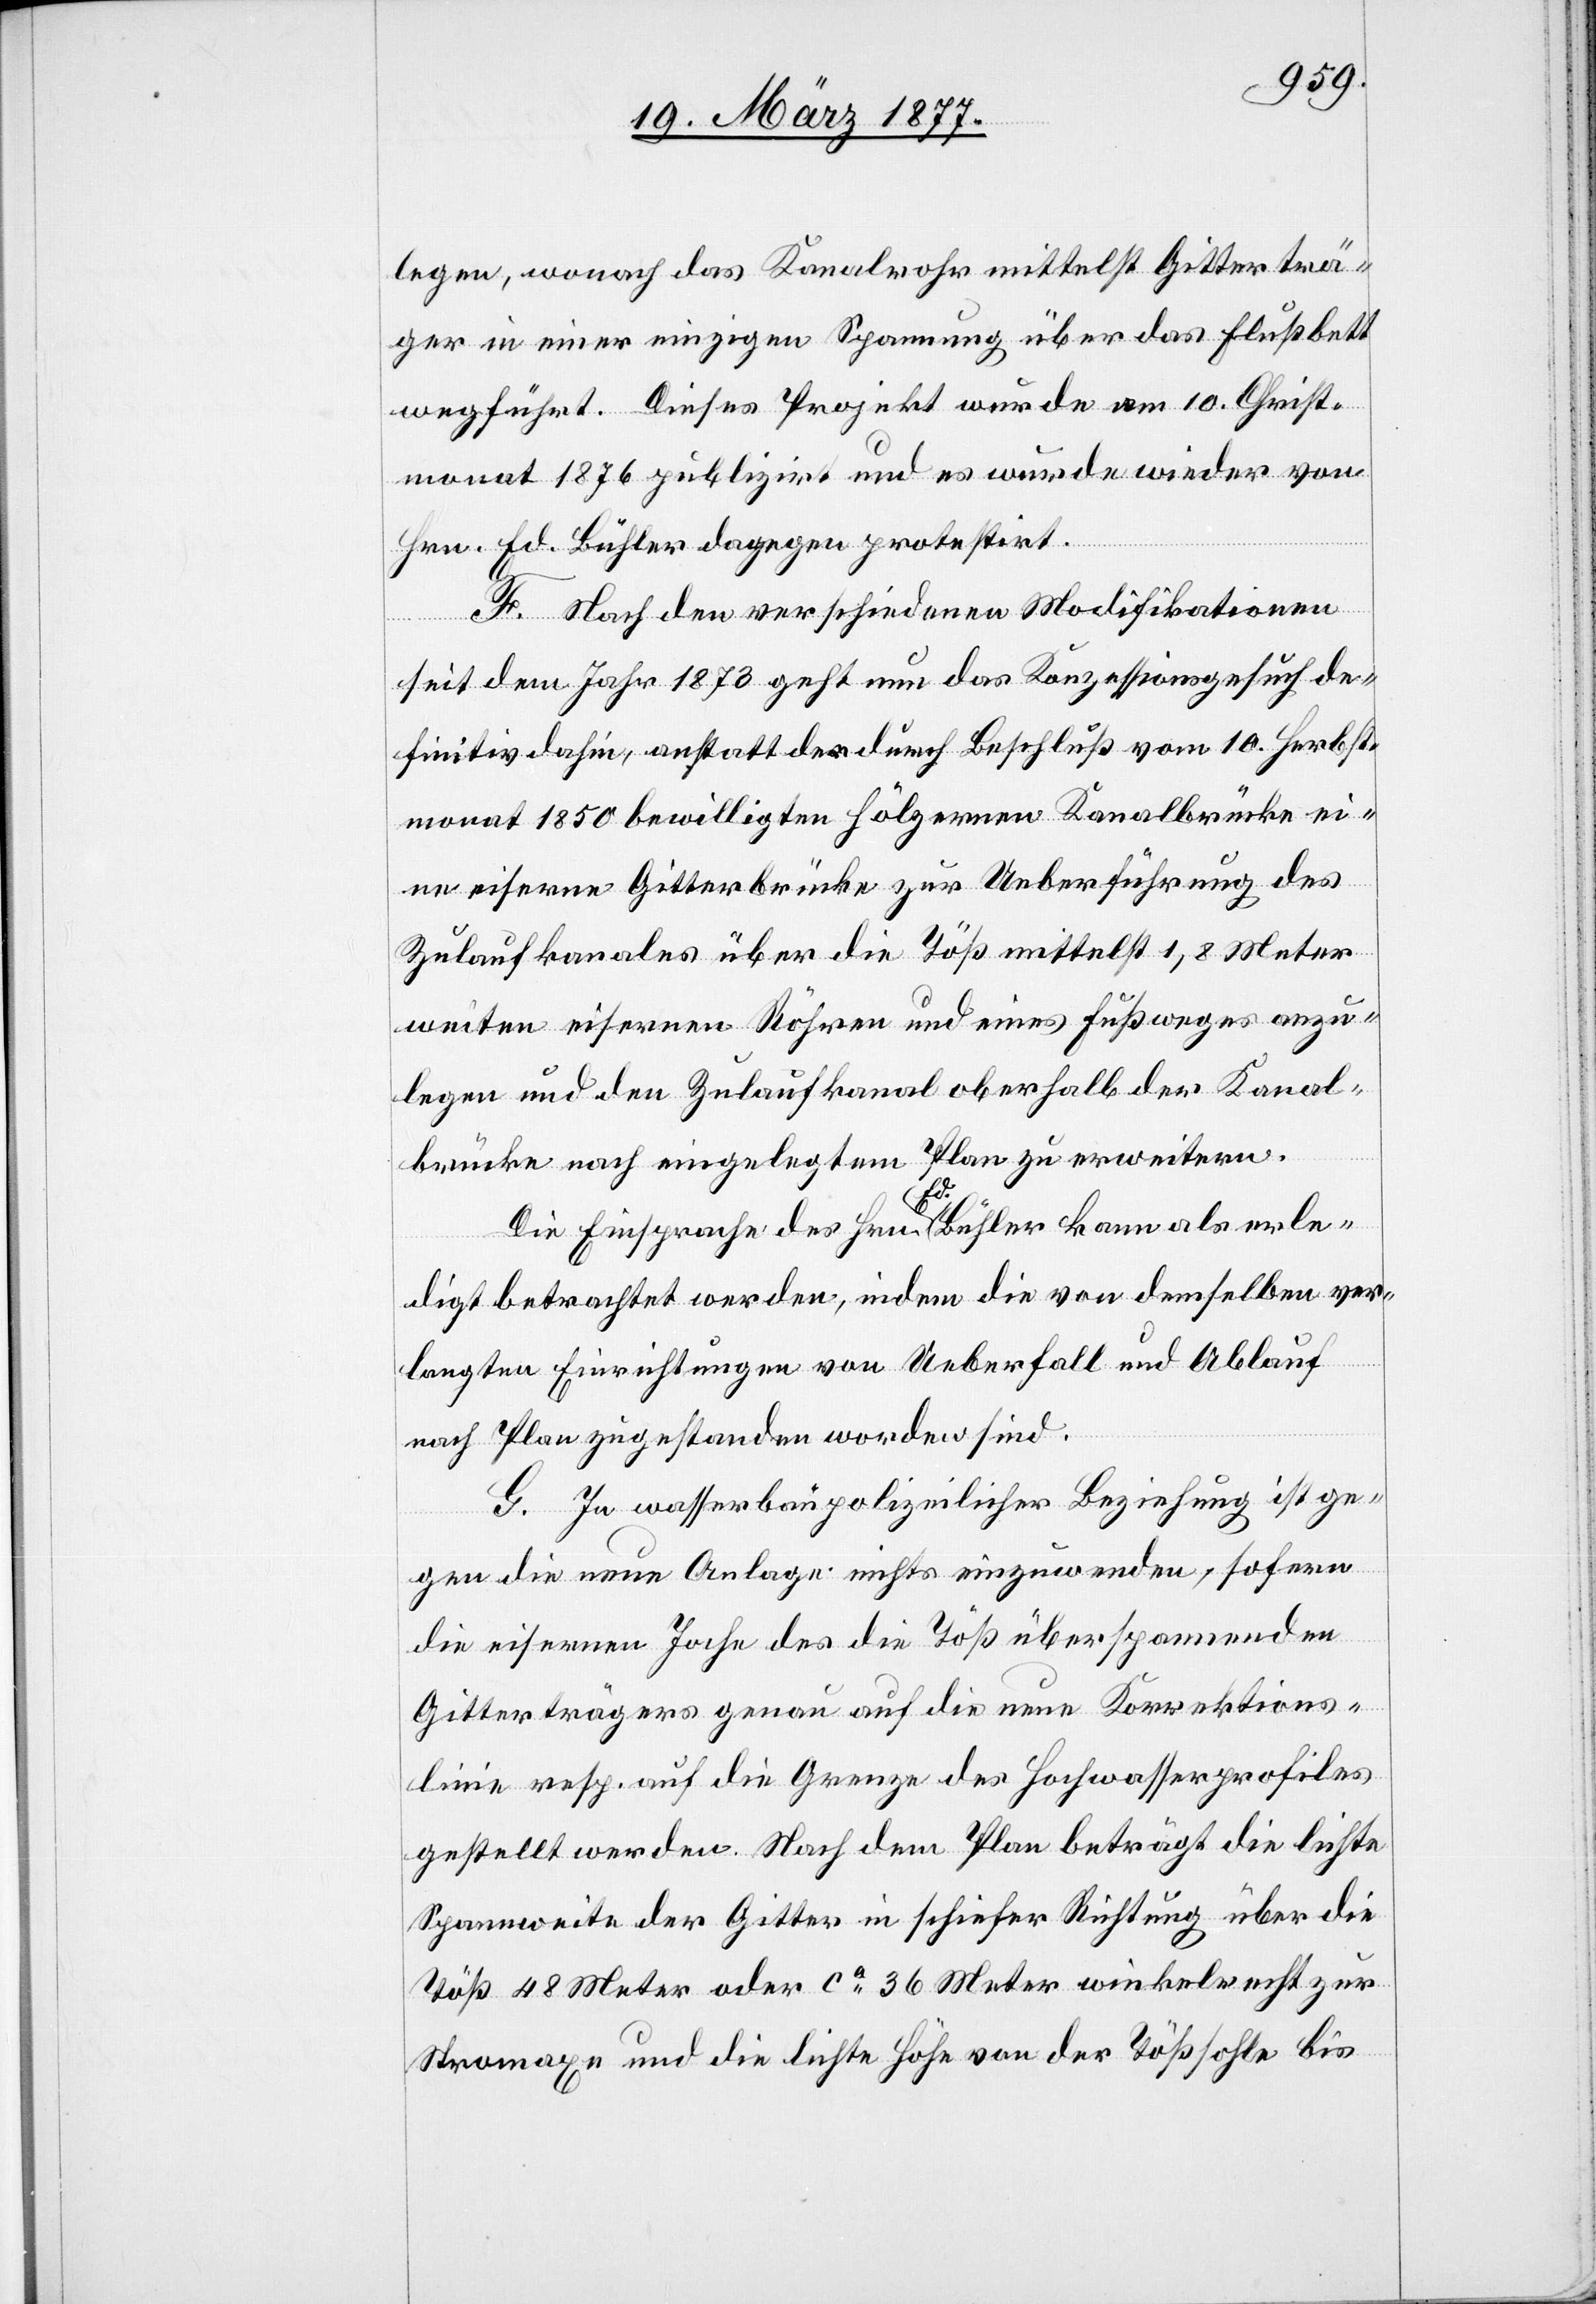
legen, wonach das Kanalrohr mittelst Gitterträ¬
ger in einer einzigen Spannung über das Flußbett
wegführt. Dieses Projekt wurde am 10. Christ¬
monat 1876 publizirt und es wurde wieder von
Hrn. Ed. Bühler dagegen protestirt.
F. Nach den verschiedenen Modifikationen
seit dem Jahr 1873 geht nun das Konzessionsgesuch de¬
finitiv dahin, anstatt der durch Beschluß vom 10. Herbst¬
monat 1850 bewilligten hölzernen Kanalbrücke ei¬
ne eiserne Gitterbrücke zur Ueberführung des
Zulaufkanales über die Töß mittelst 1,8 Meter
weiten eisernen Röhren und eines Fußweges anzu¬
legen und den Zulaufkanal oberhalb der Kanal¬
brücke nach eingelegtem Plan zu erweitern.
Die Eisprache des Hrn. Ed. Bühler kann als erle¬
digt betrachtet werden, indem die von demselben ver¬
langten Einrichtungen von Ueberfall und Ablauf
nach Plan zugestanden worden sind.
G. In wasserbaupolizeilicher Beziehung ist ge¬
gen die neue Anlage nichts einzuwenden, sofern
die eisernen Joche des die Töß überspannenden
Gitterträgers genau auf die neue Korrektions¬
linie resp. auf die Grenze des Hochwasserprofiles
gestellt werden. Nach dem Plan beträgt die lichte
Spannweite der Gitter in schiefer Richtung über die
Töß 48 Meter oder ca 36 Meter winkelrecht zur
Stromaxe und die lichte Höhe von der Tößsohle bis